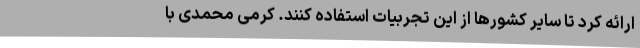
ارائه کرد تا سایر کشورها از این تجربیات استفاده کنند. کرمی محمدی با